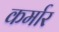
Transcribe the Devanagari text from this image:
कर्मार